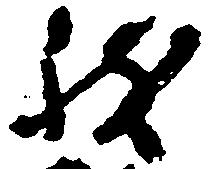
致